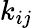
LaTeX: k_{ij}